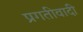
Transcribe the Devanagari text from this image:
प्रगतीवादी